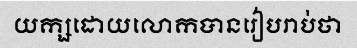
យក្សដោយលោកបានរៀបរាប់ថា